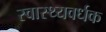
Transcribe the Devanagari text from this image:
स्‍वास्‍थ्‍यवर्धक